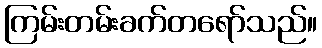
ကြမ်းတမ်းခက်တရော်သည်။